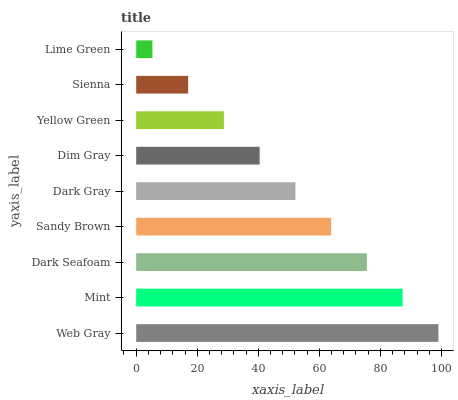
| yaxis_label | bars |
 | --- | --- |
 | Web Gray | 99 |
 | Mint | 87.3 |
 | Dark Seafoam | 75.6 |
 | Sandy Brown | 63.9 |
 | Dark Gray | 52.2 |
 | Dim Gray | 40.4 |
 | Yellow Green | 28.7 |
 | Sienna | 17 |
 | Lime Green | 5.31 |